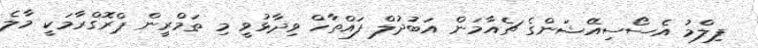
ފިލްމު އެސޯސިއޭޝަންގެ ޗެއާމަން އަބުދުލް ފައްތާހް ވިދާޅުވީ މި ތަމްރީން ޕްރޮގްރާމަކީ މާލެ